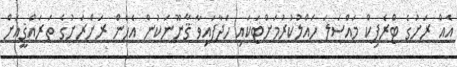
އެއް ރަށުގެ ޓްރެފިކް މައްސަލަ ހައްލުކުރުމަށްޓަކައި ހަދާފައިވާ ޤާނޫނަކުން އެހެން ރަށްރަށުގެ ތަރައްޤީއަށް